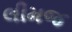
લીમજ